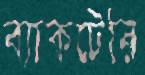
ব্যাকটেরি